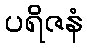
ပရိဇနံ